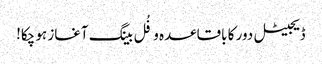
ڈیجیٹل دور کا باقاعدہ و فُل بینگ آغاز ہو چکا!